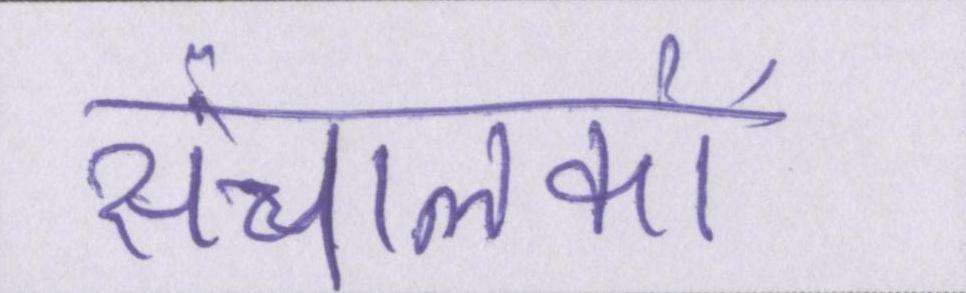
संचालकों